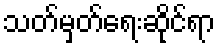
သတ်မှတ်ရေးဆိုင်ရာ